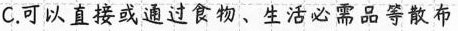
C.可以直接或通过食物、生活必需品等散布